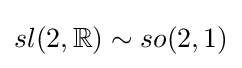
sl(2,\mathbb {R} )\sim so(2,1)